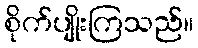
စိုက်ပျိုးကြသည်။